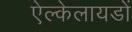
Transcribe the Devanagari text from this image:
ऐल्केलायडों